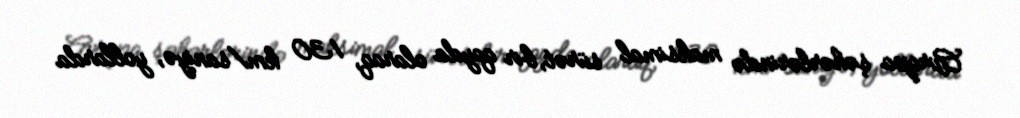
Avropa şəhərlərində maksimal sürət, bir qayda olaraq, 130 km/saniyə, yollarda